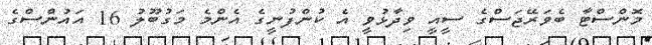
މޮންސްޓާ ބެވަރޭޖަސްގެ ސީއީ ވިދާޅުވީ އެ ކުންފުނީގެ އެންމެ މަގުބޫލު 16 އައުންސްގެ